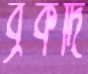
ব্রকদি